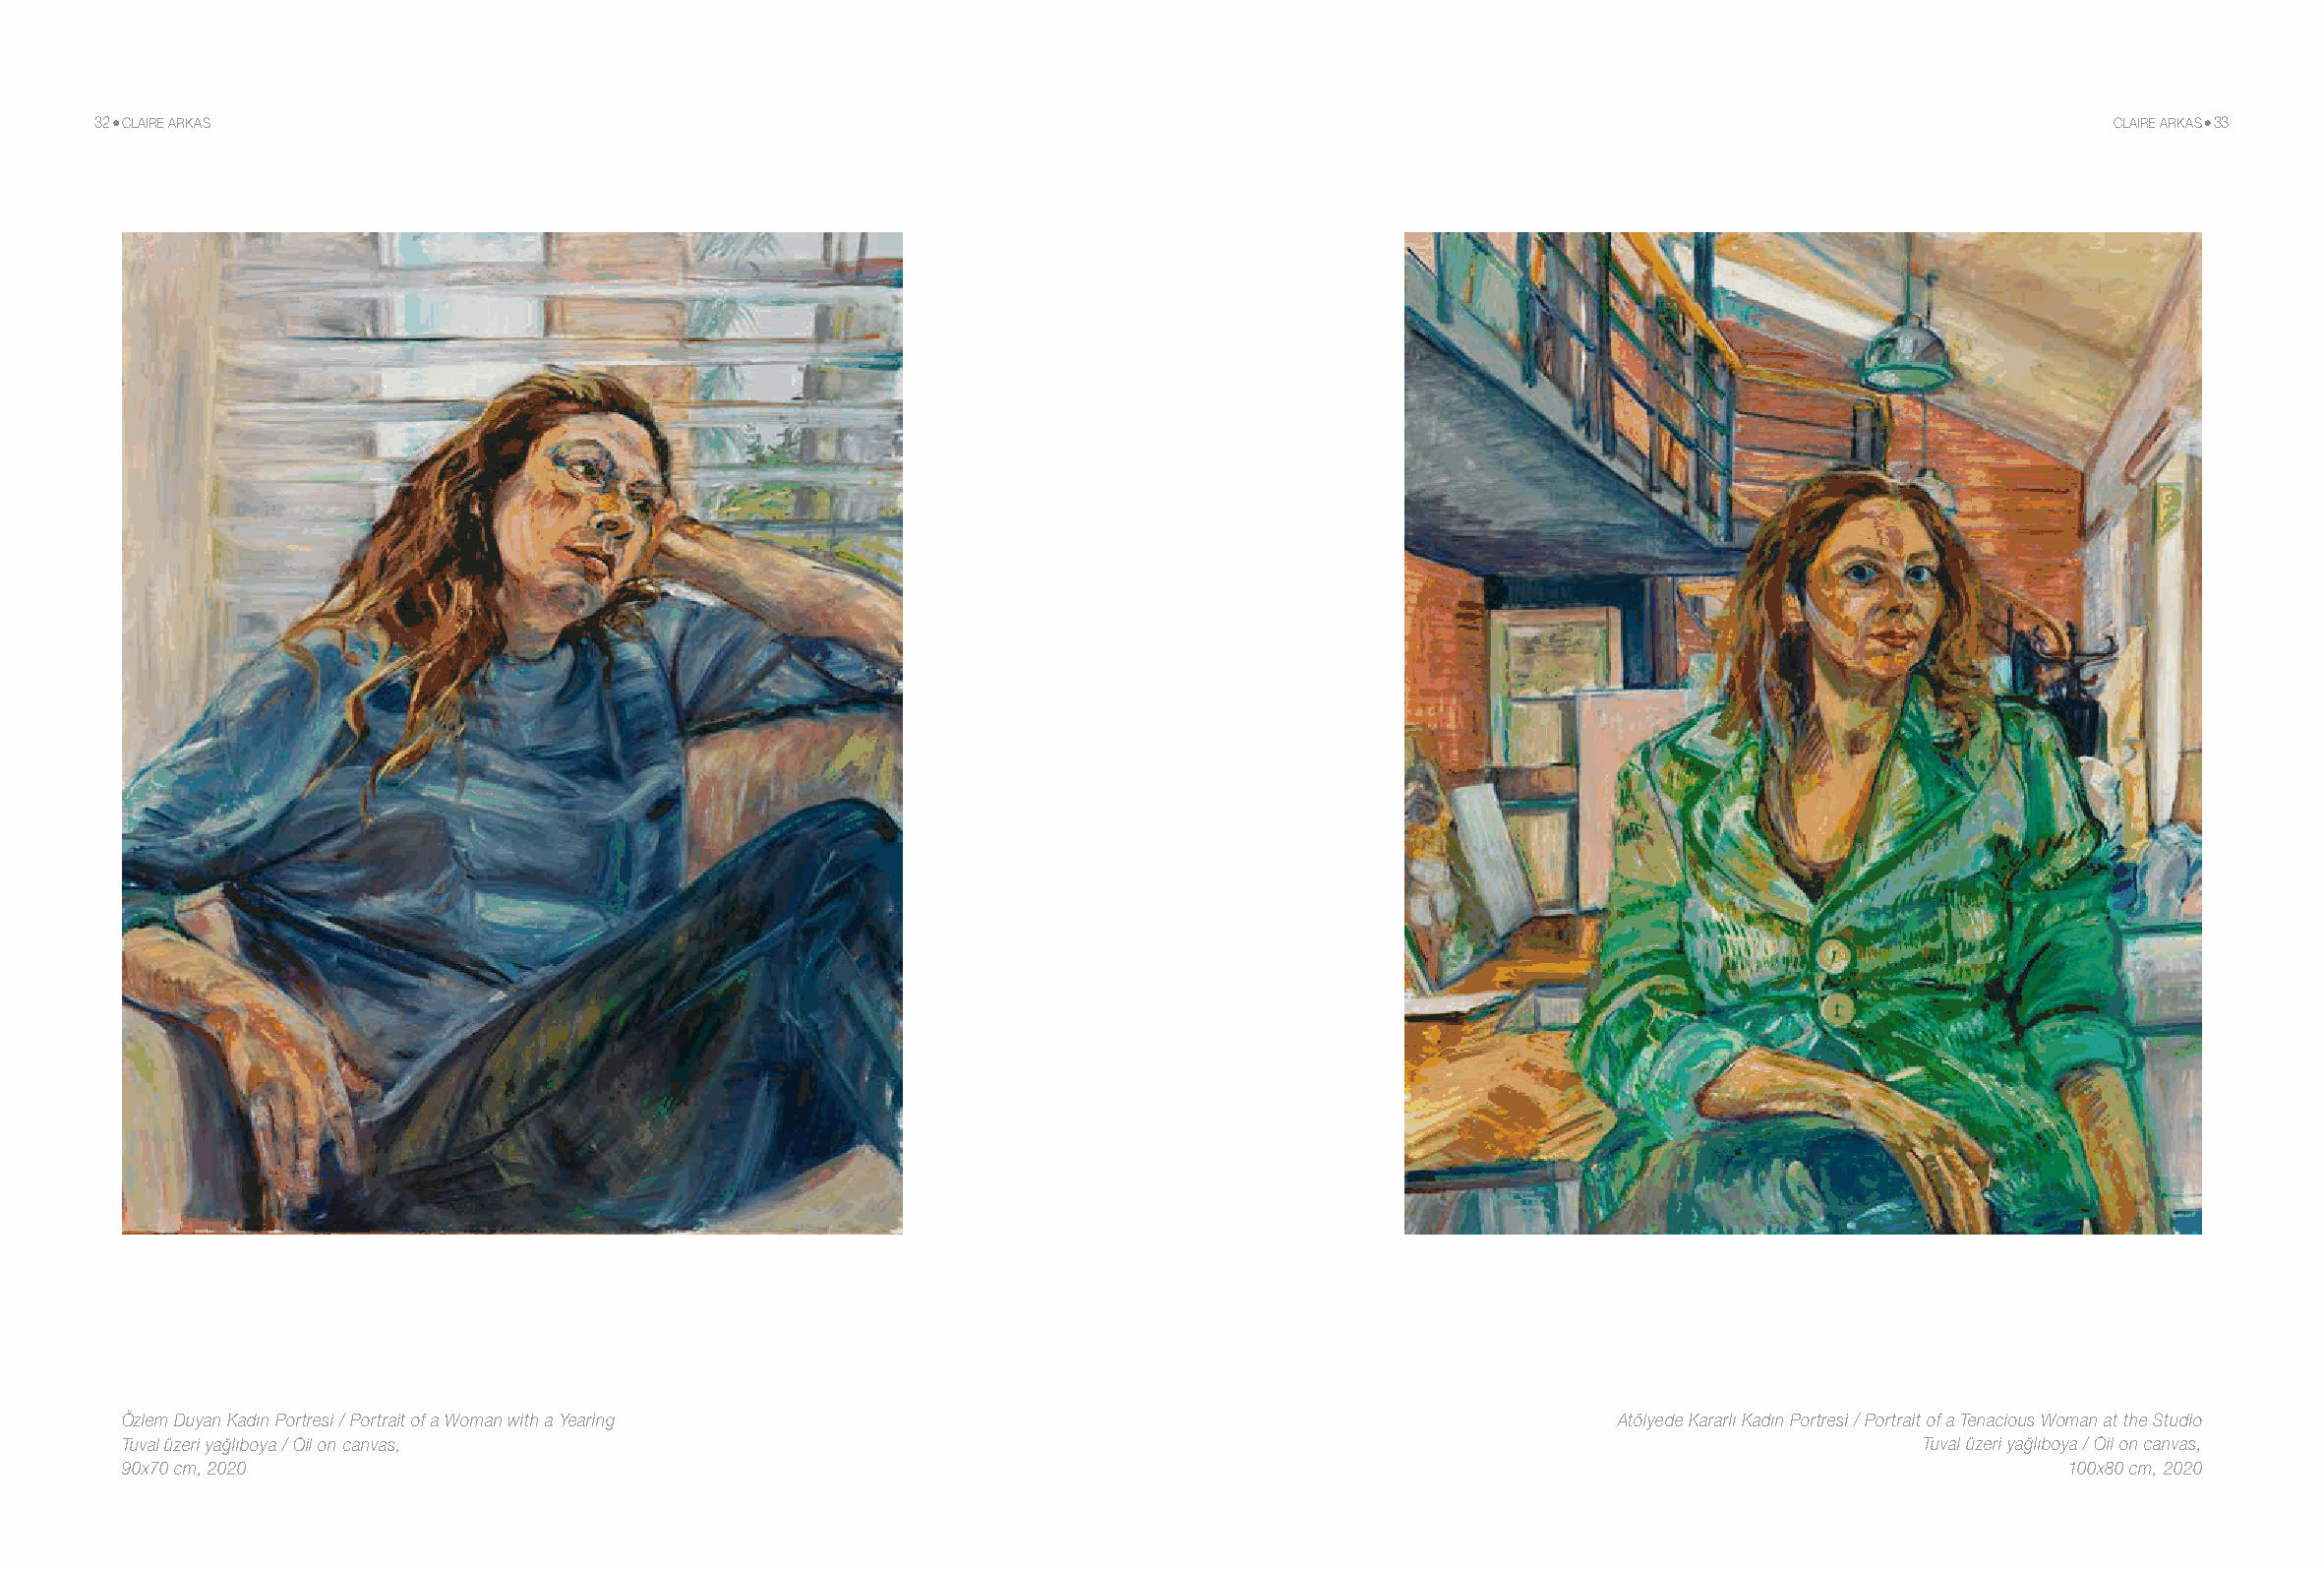
32 CLAIRE ARKAS                                                                                                                         CLAIRE ARKAS 33
 Özlem Duyan Kadın Portresi / Portrait of a Woman with a Yearing                                      Atölyede Kararlı Kadın Portresi / Portrait of a Tenacious Woman at the Studio
 Tuval üzeri yağlıboya / Oil on canvas,                                                                                   Tuval üzeri yağlıboya / Oil on canvas,
 90x70 cm, 2020                                                                                                                     100x80 cm, 2020